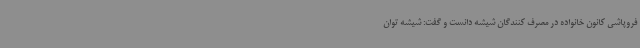
فروپاشی کانون خانواده در مصرف کنندگان شیشه دانست و گفت: شیشه توان